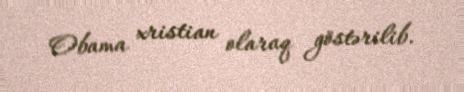
Obama xristian olaraq göstərilib.